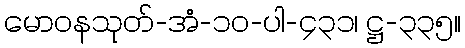
မောဝနသုတ်-အံ-၁၀-ပါ-၄၃၁၊ ဋ္ဌ-၃၃၅။